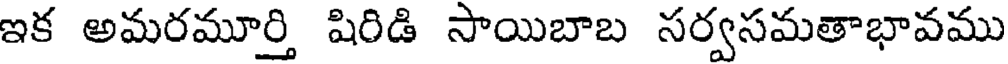
ఇక అమరమూర్తి షిరిడి సాయిబాబ సర్వసమతాభావము